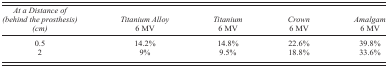
| At a Distance of (behind the prosthesis) (cm) | Titanium Alloy 6 MV | Titanium 6 MV | Crown 6 MV | Amalgam 6 MV |
 | --- | --- | --- | --- | --- |
 | 0.5 | 14.2% | 14.8% | 22.6% | 39.8% |
 | 2 | 9% | 9.5% | 18.8% | 33.6% |